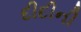
દીદીની